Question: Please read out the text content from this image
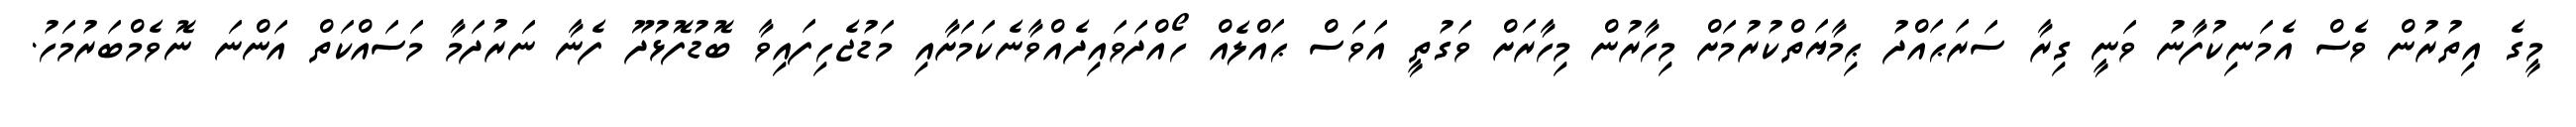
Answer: މީގެ އިތުރުން ވެސް އެމަނިކުފާނު ވަނީ ގިރާ ސަރަޙައްދު ޙިމާޔަތްކުރުމަށް މިހާރުން މިހާރަށް ވަގުތީ އަވަސް ޙައްލެއް ހޯއްދަވައިދެއްވާނެކަމަށާއި މަޑުޖެހިފައިވާ ބޮޑުފޮޅުދޫ ފެނާ ނަރުދަމާ މަސައްކަތް އަންނަ ނޮވެމްބަރުމަހު.